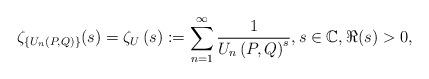
LaTeX: \begin{align*} \zeta_{\{U_n(P,Q)\}}(s)=\zeta _{U}\left( s\right) :=\sum_{n=1}^{\infty }\frac{1}{U_{n}\left(P,Q\right) ^{s}}, s\in \mathbb{C}, \Re(s) >0,\end{align*}